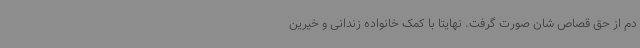
دم از حق قصاص شان صورت گرفت. نهایتاً با کمک خانواده زندانی و خیرین